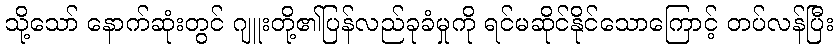
သို့သော် နောက်ဆုံးတွင် ဂျူးတို့၏ပြန်လည်ခုခံမှုကို ရင်မဆိုင်နိုင်သောကြောင့် တပ်လန်ပြီး